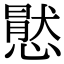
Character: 㦔